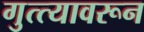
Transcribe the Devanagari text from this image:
गुत्त्यावरून